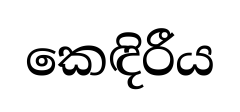
කෙඳිරීය